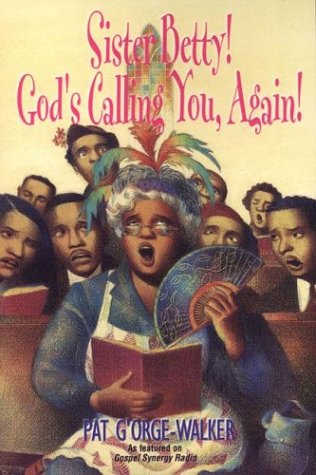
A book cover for Sister Betty! God's Calling You, Again!; Pat G'Orge-Walker; Christian Books & Bibles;